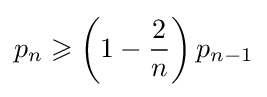
p_{n}\geqslant \left(1-{\frac {2}{n}}\right)p_{n-1}